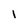
Character: I